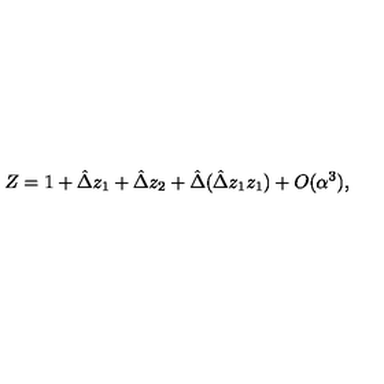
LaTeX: Z = 1 + \hat { \Delta } z _ { 1 } + \hat { \Delta } z _ { 2 } + \hat { \Delta } ( \hat { \Delta } z _ { 1 } z _ { 1 } ) + O ( \alpha ^ { 3 } ) ,